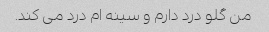
من گلو درد دارم و سینه ام درد می کند.